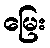
မြေး